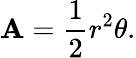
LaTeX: \mathbf{A}={\frac{{1}}{{2}}}r^{2}\theta.